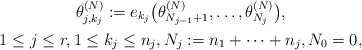
\begin{gather*}\theta_{j,k_j}^{(N)}:=e_{k_j}\big(\theta_{N_{j-1}+1}^{(N)},\ldots,\theta_{N_{j}}^{(N)}\big), \\ 1 \le j \le r, 1 \le k_j \le n_j, N_j:=n_1+\cdots+n_j, N_0=0,\end{gather*}